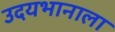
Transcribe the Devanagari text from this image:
उदयभानाला